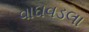
વાઘવડલા